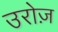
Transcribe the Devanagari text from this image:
उरोज़